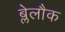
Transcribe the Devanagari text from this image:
ब्लेलौक